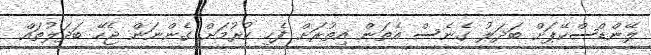
ލޭންޑްސްކޭޕަށް ބަދަލު ގެނެސް އެތަން އިތުރަށް ފެހި ކުރުމަށް ގެންނަން ޖެހޭ ބަދަލުތައް